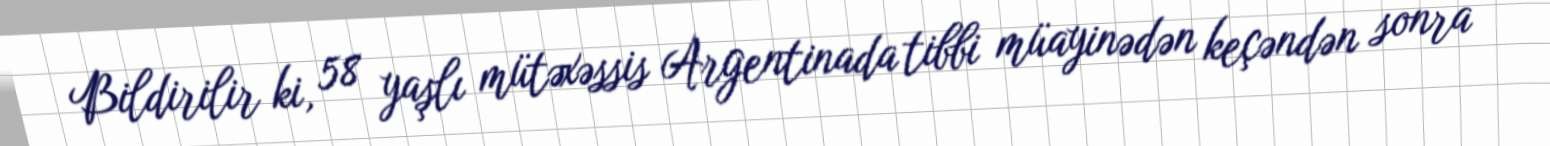
Bildirilir ki, 58 yaşlı mütəxəssis Argentinada tibbi müayinədən keçəndən sonra